Tartu_pedagoogiumi_aruanded, lk 52
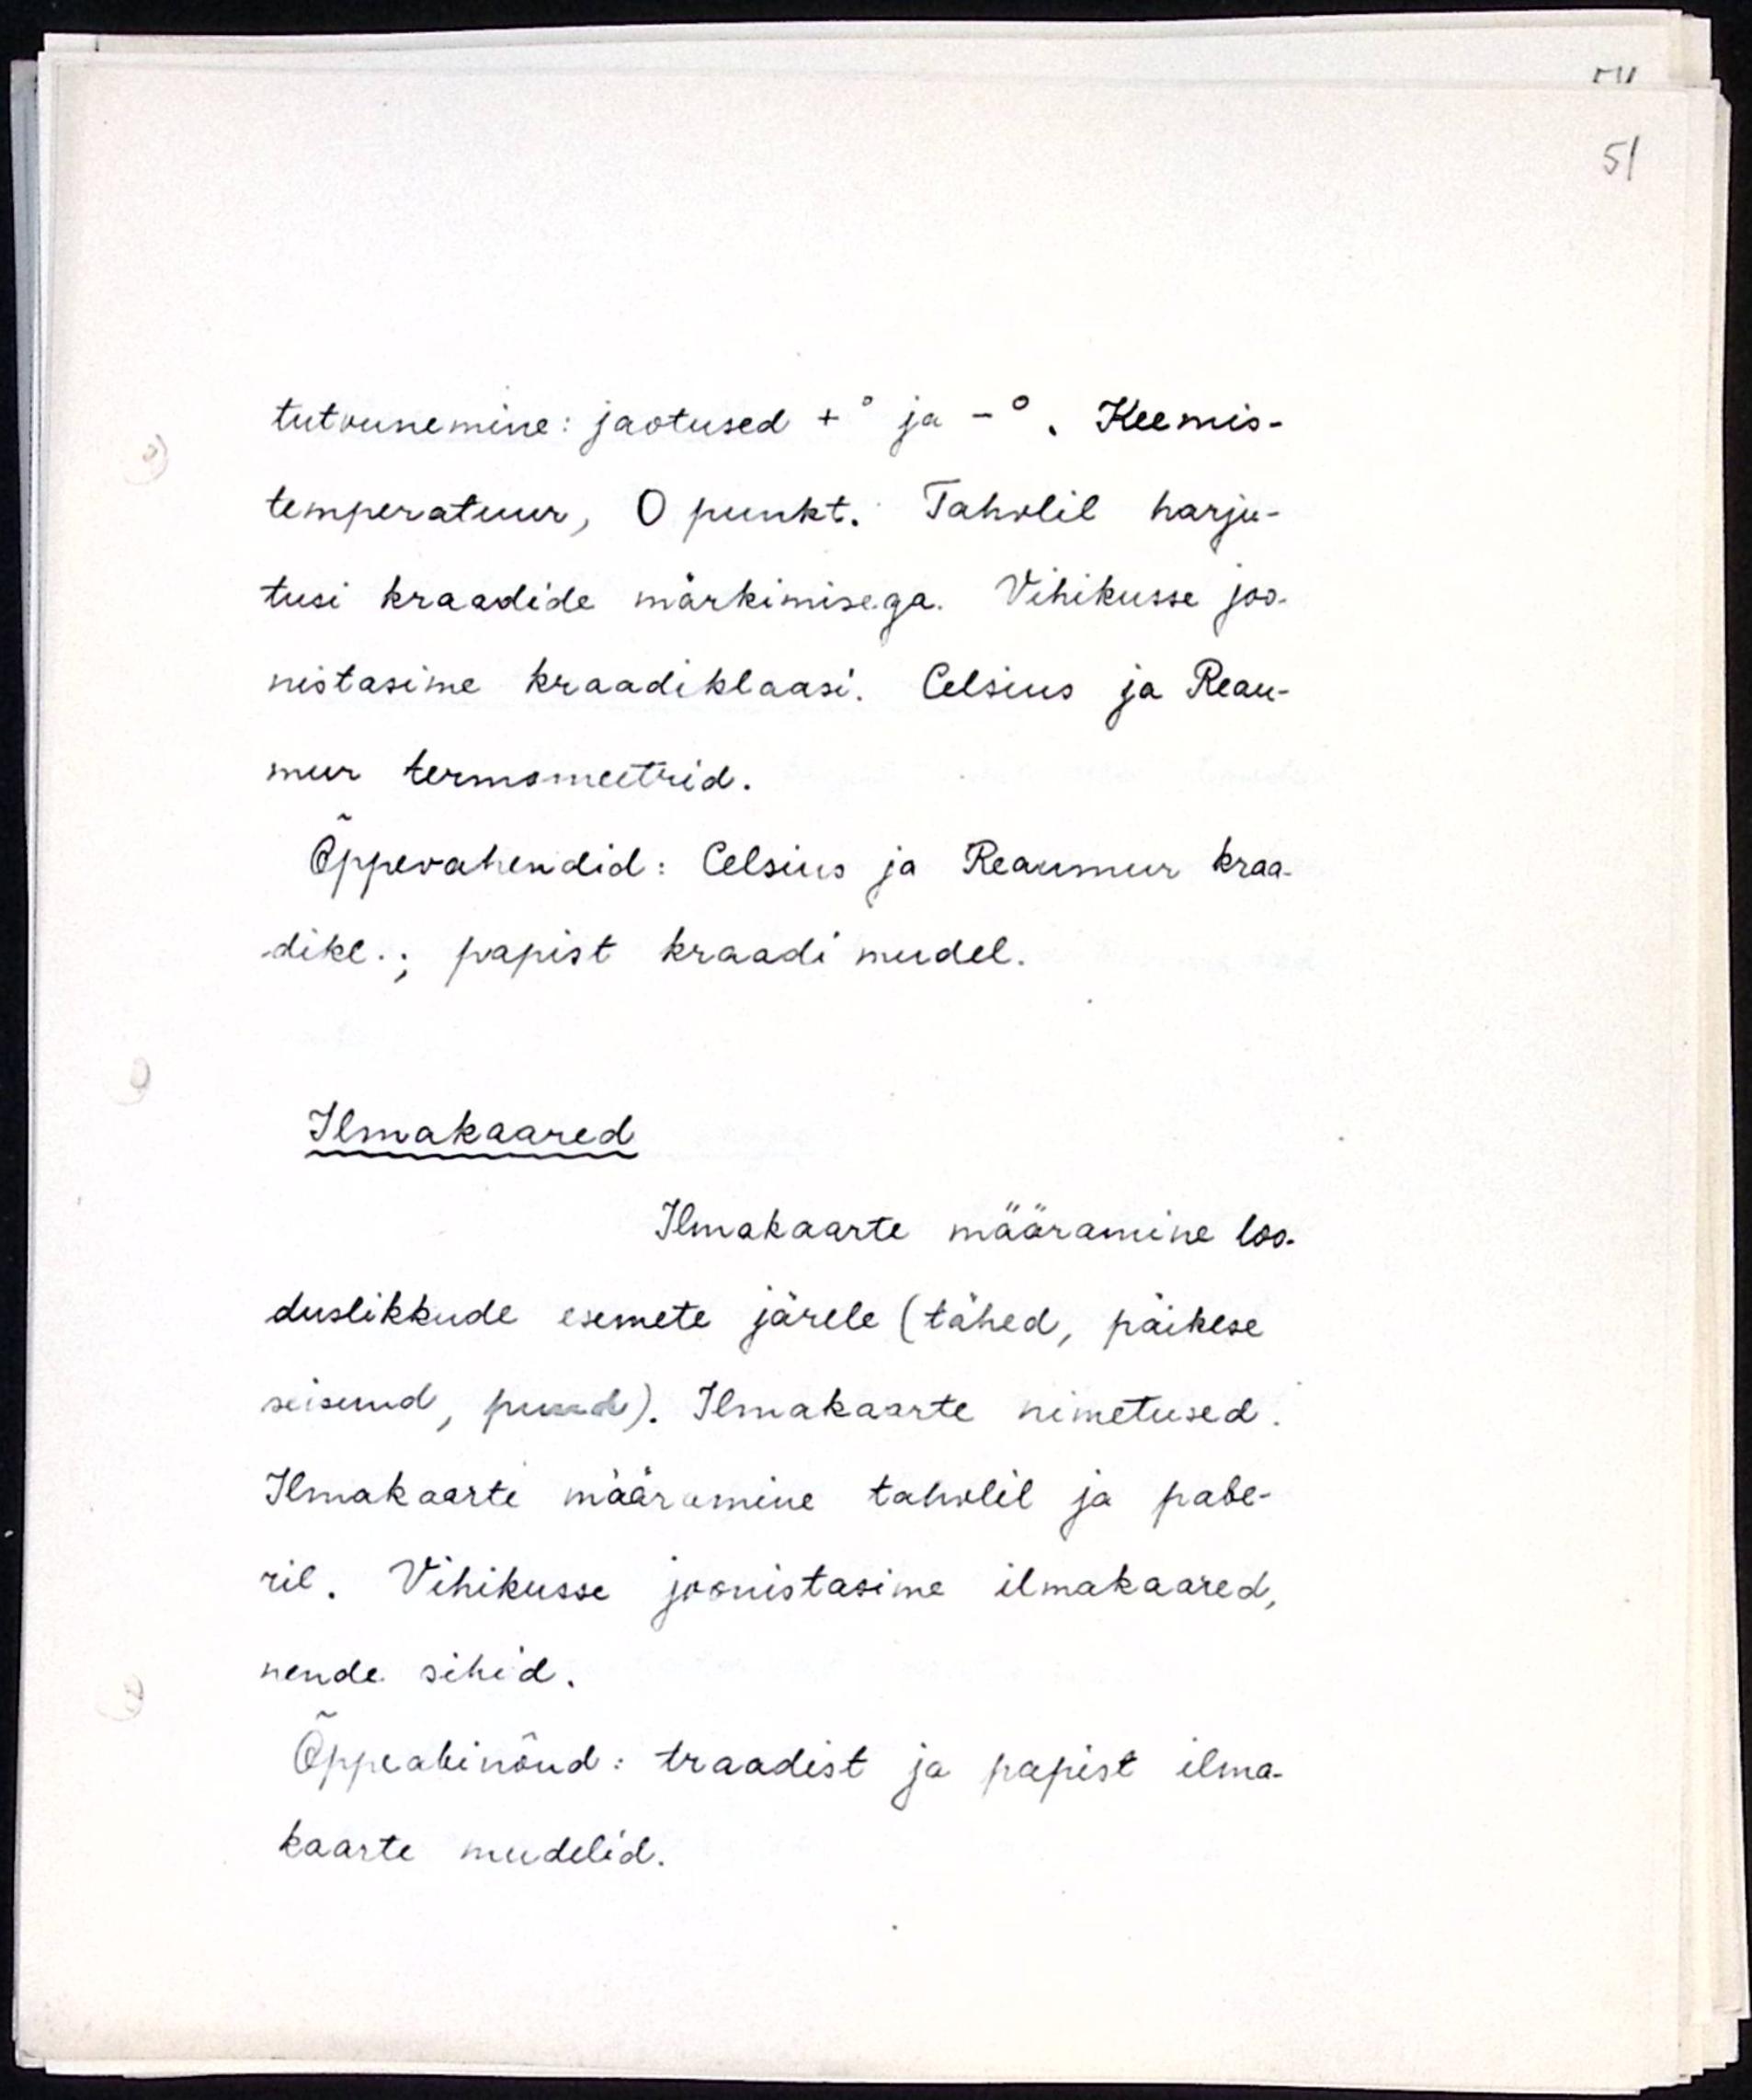
Tutvunemine: jaotused +° ja -°. Keemis-
temperatuur, 0 punkt. Tahvlil harju-
tusi kraadide märkimisega. Vihikusse joo-
nistasime kraadiklaasi. Celsius ja Reau-
mur termomeetrid.
Õppevahendid: Celsius ja Reaumur kraa-
dikl.; papist kraadi mudel. 
Ilmakaared
Ilmakaarte määramine loo-
duslikkude esemete järele (tähed, päikese
seisund, puud). Ilmakaarte nimetused.
Ilmakaarte määramine tahvlil ja pabe-
ril. Vihikusse joonistasime ilmakaared, 
nende sihid.
Õppeabinõud: traadist ja papist ilma-
kaarte mudelid.